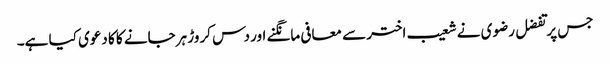
جس پر تفضل رضوی نے شعیب اختر سے معافی مانگنے اور دس کروڑ ہرجانے کا کا دعوی کیا ہے۔